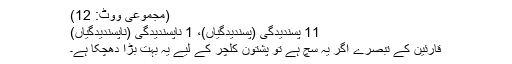
(مجموعی ووٹ: 12)
11 پسندیدگی (پسندیدگیاں)، 1 ناپسندیدگی (ناپسندیدگیاں)
قارئین کے تبصرے اگر یہ سچ ہے تو پشتون کلچر کے لیے یہ بہت بڑا دھچکا ہے۔